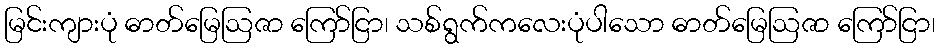
မြင်းကျားပုံ ဓာတ်မြေဩဇာ ကြော်ငြာ၊ သစ်ရွက်ကလေးပုံပါသော ဓာတ်မြေဩဇာ ကြော်ငြာ၊